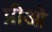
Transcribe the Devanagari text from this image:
प्रीओ